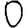
Digit: 0